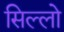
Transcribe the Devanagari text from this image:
सिल्लो